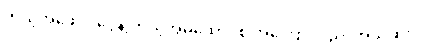
ကိုယ့်အဖေဝင်ငွေနဲ့ ကိုယ့်အိမ်ထောင်စု အကြောင်း ညို အသိဆုံးပါ။